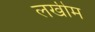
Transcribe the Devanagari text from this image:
लखीम